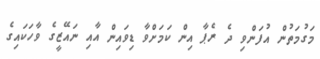
މަގުމަތުން އުފަންވި ދެ ރެޕާ އިން ކަމަށްވާ ޑިވައިން އާއި ނައޭޒީގެ ވާހަކައިގެ